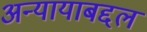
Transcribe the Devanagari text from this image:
अन्यायाबद्दल